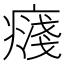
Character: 𭼥